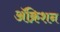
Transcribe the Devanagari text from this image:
ॲक्रिशन